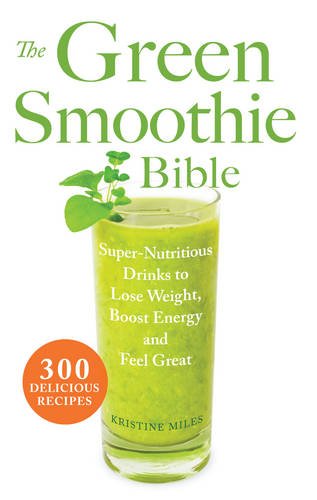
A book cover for The Green Smoothie Bible: 300 Delicious Recipes; Kristine Miles; Cookbooks, Food & Wine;